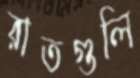
রাতগুলি